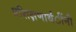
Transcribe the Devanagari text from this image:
प्रशिक्षणार्थंींनी